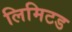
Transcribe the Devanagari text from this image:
लिमिटड